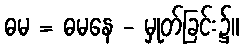
ဓမ = ဓမနေ - မှုတ်ခြင်း၌။